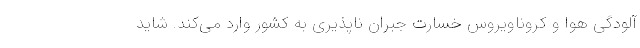
آلودگی هوا و کروناویروس خسارت جبران ناپذیری به کشور وارد می‌کند. شاید